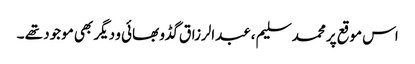
اس موقع پر محمد سلیم ،عبدالرزاق گڈو بھائی و دیگر بھی موجود تھے ۔